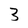
Character: 3